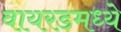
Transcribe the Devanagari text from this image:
वायरडमध्ये